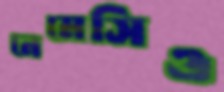
নেমেসিও